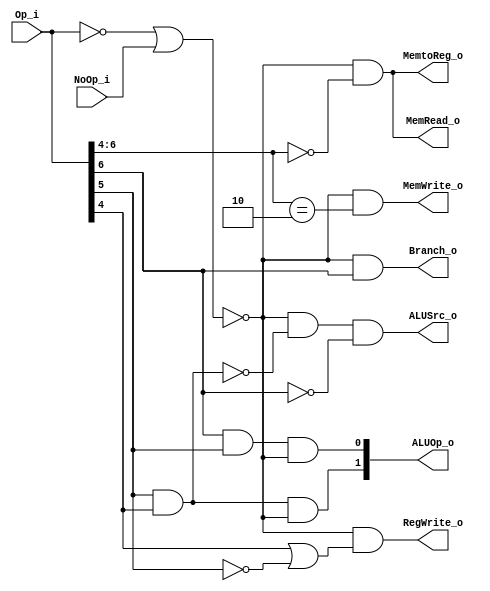
module Control
(
    Op_i,
    NoOp_i,
    RegWrite_o,
    MemtoReg_o,
    MemRead_o,
    MemWrite_o,
    ALUOp_o,
    ALUSrc_o,
    Branch_o,
);
// Reads opcodes in the instruction and output control signals to control the behavior
// of ALU and registers.

input         [6:0] Op_i;
input               NoOp_i;
output        [1:0] ALUOp_o;
output RegWrite_o, MemtoReg_o, MemRead_o, MemWrite_o, ALUSrc_o, Branch_o;
wire ZERO;

assign ZERO = (Op_i[6:0] == 7'b0 || NoOp_i);
assign RegWrite_o = !ZERO && (Op_i[4] || !Op_i[5]);
assign MemtoReg_o = !ZERO && (Op_i[6:4] == 3'b000);
assign MemRead_o = !ZERO && (Op_i[6:4] == 3'b000);
assign MemWrite_o = !ZERO && (Op_i[6:4] == 3'b010);
assign ALUOp_o = {Op_i[5] && Op_i[4] && !ZERO, Op_i[6] && Op_i[5] && !ZERO};
assign ALUSrc_o = !ZERO && ~(Op_i[5] && Op_i[4]) && !Op_i[6];
assign Branch_o = !ZERO && Op_i[6];

endmodule